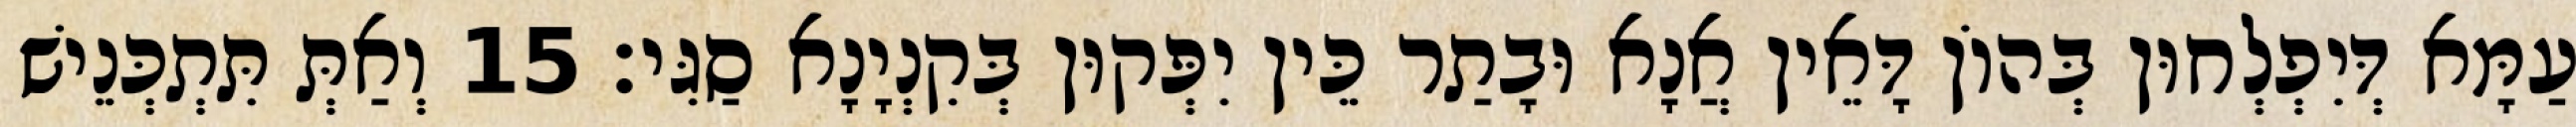
עַמָּא דְּיִפְלְחוּן בְּהוֹן דָּאֵין אֲנָא וּבָתַר כֵּין יִפְּקוּן בְּקִנְיָנָא סַגִּי׃ 15 וְאַתְּ תִּתְכְּנֵישׁ